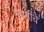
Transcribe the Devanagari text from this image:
नेहमींचे